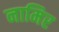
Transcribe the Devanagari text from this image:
नामिर